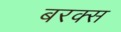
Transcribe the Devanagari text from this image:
बरक्‍स